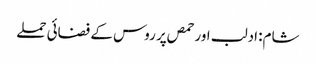
شام: ادلب اور حمص پر روس کے فضائی حملے